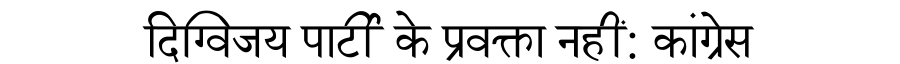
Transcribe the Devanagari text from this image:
दिग्विजय पार्टी के प्रवक्ता नहीं: कांग्रेस